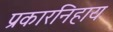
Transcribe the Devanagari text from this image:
प्रकारनिहाय